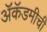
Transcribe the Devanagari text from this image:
ॲकॅडमीची